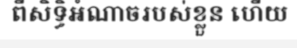
ពីសិទ្ធិអំណាចរបស់ខ្លួន ហើយ